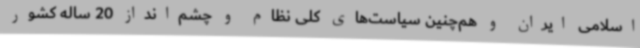
اسلامی ایران و هم‌چنین سیاست‌های کلی نظام و چشم‌انداز 20 ‌ساله کشور